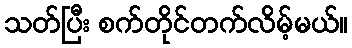
သတ်ပြီး စက်တိုင်တက်လိမ့်မယ်။